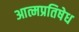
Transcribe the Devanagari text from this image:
आत्मप्रतिषेध